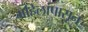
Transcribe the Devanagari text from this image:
महिलांपासून